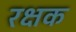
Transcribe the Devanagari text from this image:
रक्षक